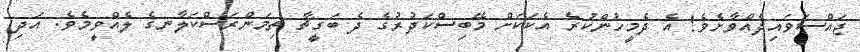
ޖައްސަވައިދެއްވާށެވެ! އެ ދެމީހުންކުރެ އެކަކަށް މޭބިސްކަދުރުގެ ދެ ބަގީޗާ ތިމަންރަސްކަލާނގެ ލެއްވީމެވެ. އަދި